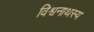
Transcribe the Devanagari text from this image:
विश्वनाथस्य